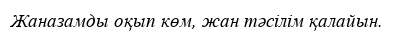
Жаназамды оқып көм, жан тәсілім қалайын.